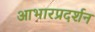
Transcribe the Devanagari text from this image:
आभारप्रदर्शन